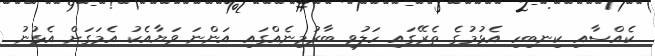
ކެއްސާއި ކިނބިހި އެޅުމުގެ ތެރޭގައި ހަލުވި ބާރުމިނެއްގައި އަންނަ ވަޔާއެކު އެމަގަށް އެޅުނު